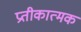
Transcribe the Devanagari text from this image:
प्रतीकात्‍मक